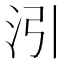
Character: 𪵰